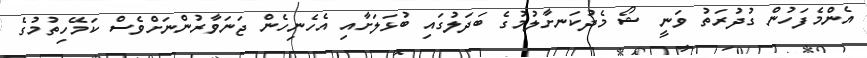
އެންމެފަހުން ގުދުރަތު ވަނީ ޝޯ މެދުކަނށާލުމުގެ ބަދަލުގައި ބުޅަލަށާއި އެހެނިހެން ޖަނަވާރުންނަށްވެސް ކަމޭހިތުމުގެ